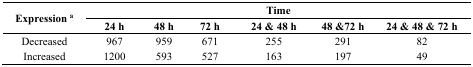
<table><thead><tr><td rowspan="2"><b>Expression <sup>a</sup></b></td><td colspan="6"><b>Time</b></td></tr><tr><td><b>24 h</b></td><td><b>48 h</b></td><td><b>72 h</b></td><td><b>24 &amp; 48 h</b></td><td><b>48 &amp; 72 h</b></td><td><b>24 &amp; 48 &amp; 72 h</b></td></tr></thead><tbody><tr><td>Decreased</td><td>967</td><td>959</td><td>671</td><td>255</td><td>291</td><td>82</td></tr><tr><td>Increased</td><td>1200</td><td>593</td><td>527</td><td>163</td><td>197</td><td>49</td></tr></tbody></table>